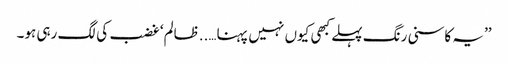
’’یہ کاسنی رنگ پہلے کبھی کیوں نہیں پہنا…..ظالم‘ غضب کی لگ رہی ہو۔